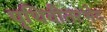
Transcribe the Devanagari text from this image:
पृथिवीतरभेद